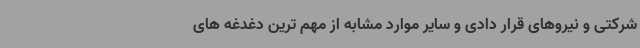
شرکتی و نیروهای قرار دادی و سایر موارد مشابه از مهم ترین دغدغه های